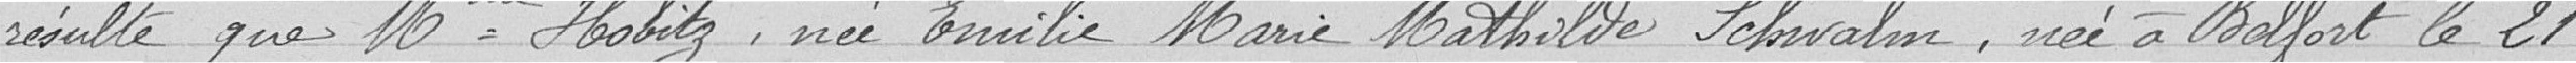
résulte que Mme Hobitz, née Emilie Marie Mathilde Schwalm, née à Belfort le 21